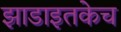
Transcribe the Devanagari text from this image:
झाडाइतकेच